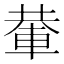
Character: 輂